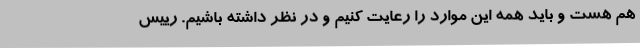
هم هست و باید همه این موارد را رعایت کنیم و در نظر داشته باشیم. رییس